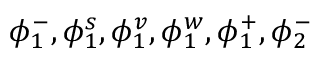
\phi _ { 1 } ^ { - } , \phi _ { 1 } ^ { s } , \phi _ { 1 } ^ { v } , \phi _ { 1 } ^ { w } , \phi _ { 1 } ^ { + } , \phi _ { 2 } ^ { - }